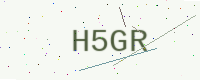
Text: H5GR